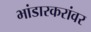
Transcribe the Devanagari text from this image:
भांडारकरांवर